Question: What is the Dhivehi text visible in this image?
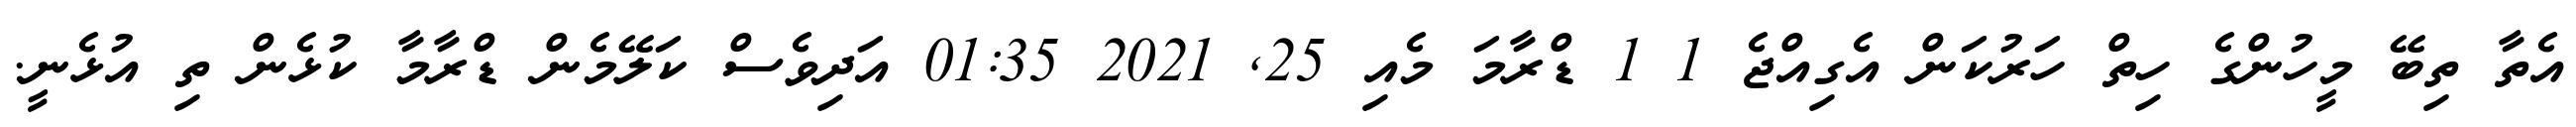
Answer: އެތާ ތިބޭ މީހުންގެ ހިތް ހަރުކަން އެގިއްޖެ 1 1 ޑްރާމަ މެއި 25, 2021 01:35 އަދިވެސް ކަލޭމެން ޑްރާމާ ކުޅެން ތި އުޅެނީ.